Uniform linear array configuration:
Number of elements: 24
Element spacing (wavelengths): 0.25
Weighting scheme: uniform
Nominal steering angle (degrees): -30
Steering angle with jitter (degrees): -28.94
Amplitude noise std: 0.05
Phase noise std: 0.05

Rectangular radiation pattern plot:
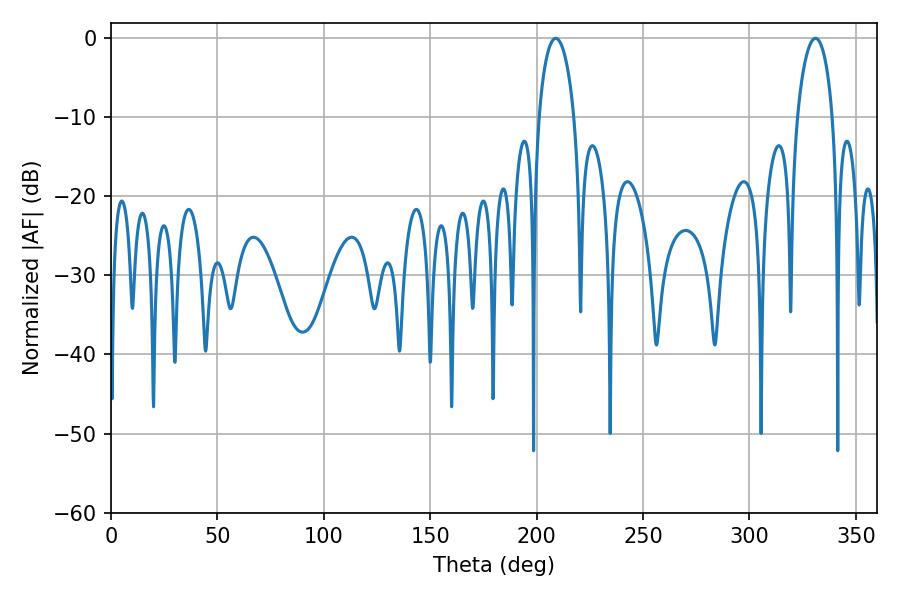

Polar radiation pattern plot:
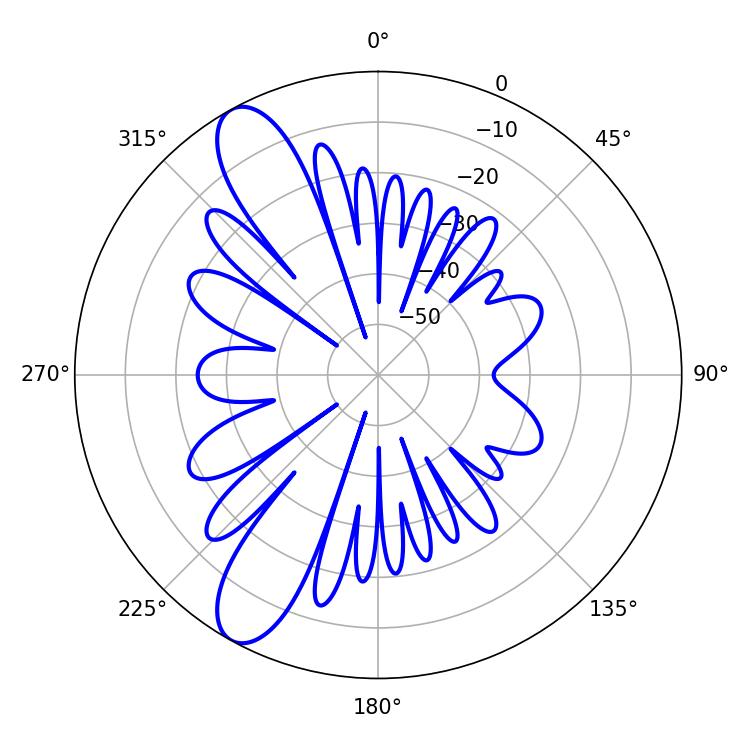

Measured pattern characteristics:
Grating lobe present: FALSE
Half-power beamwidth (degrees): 9.54
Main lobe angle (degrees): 208.98